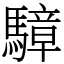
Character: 騿